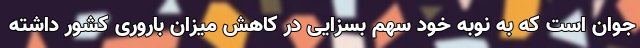
جوان است که به نوبه خود سهم بسزایی در کاهش میزان باروری کشور داشته